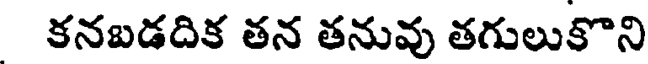
కనబడదిక తన తనువు తగులుకొని